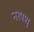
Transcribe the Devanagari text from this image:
नरपशु